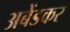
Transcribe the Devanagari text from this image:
अबेंडकर